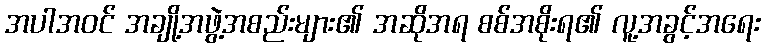
အပါအဝင် အချို့အဖွဲ့အစည်းများ၏ အဆိုအရ စစ်အစိုးရ၏ လူ့အခွင့်အရေး